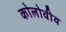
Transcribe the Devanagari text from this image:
कोलोवीय